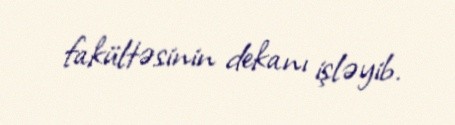
fakültəsinin dekanı işləyib.